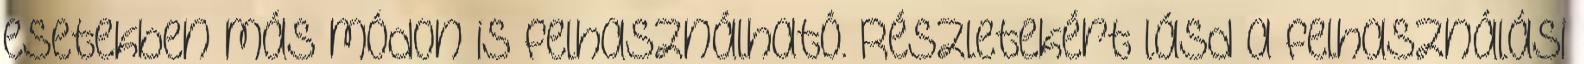
esetekben más módon is felhasználható. Részletekért lásd a felhasználási